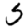
Digit: 5